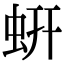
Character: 蚈